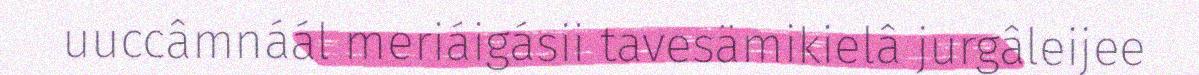
uuccâmnáál meriáigásii tavesämikielâ jurgâleijee